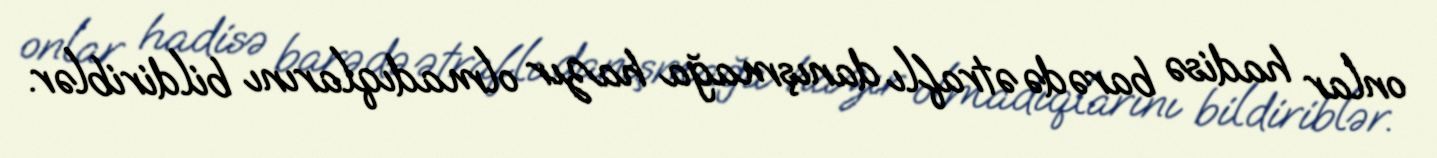
onlar hadisə barədə ətraflı danışmağa hazır olmadıqlarını bildiriblər.